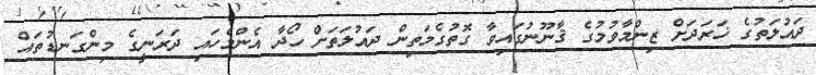
ދައުލަތުގެ ޚަރަދަށް ޒިންމާވުމުގެ ޤާނޫނުގައިވާ ގޮތުގެމަތިން ދައުލަތަށް ހޯދާ އެންމެހައި ދަރަނީގެ މިންގަނޑުތައް